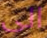
الى